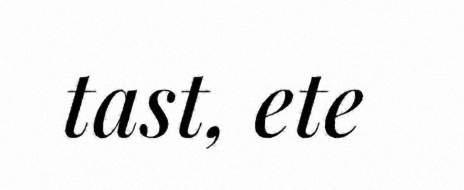
tast, ete